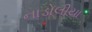
નાડોલીયા